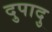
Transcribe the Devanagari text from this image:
दुपादु